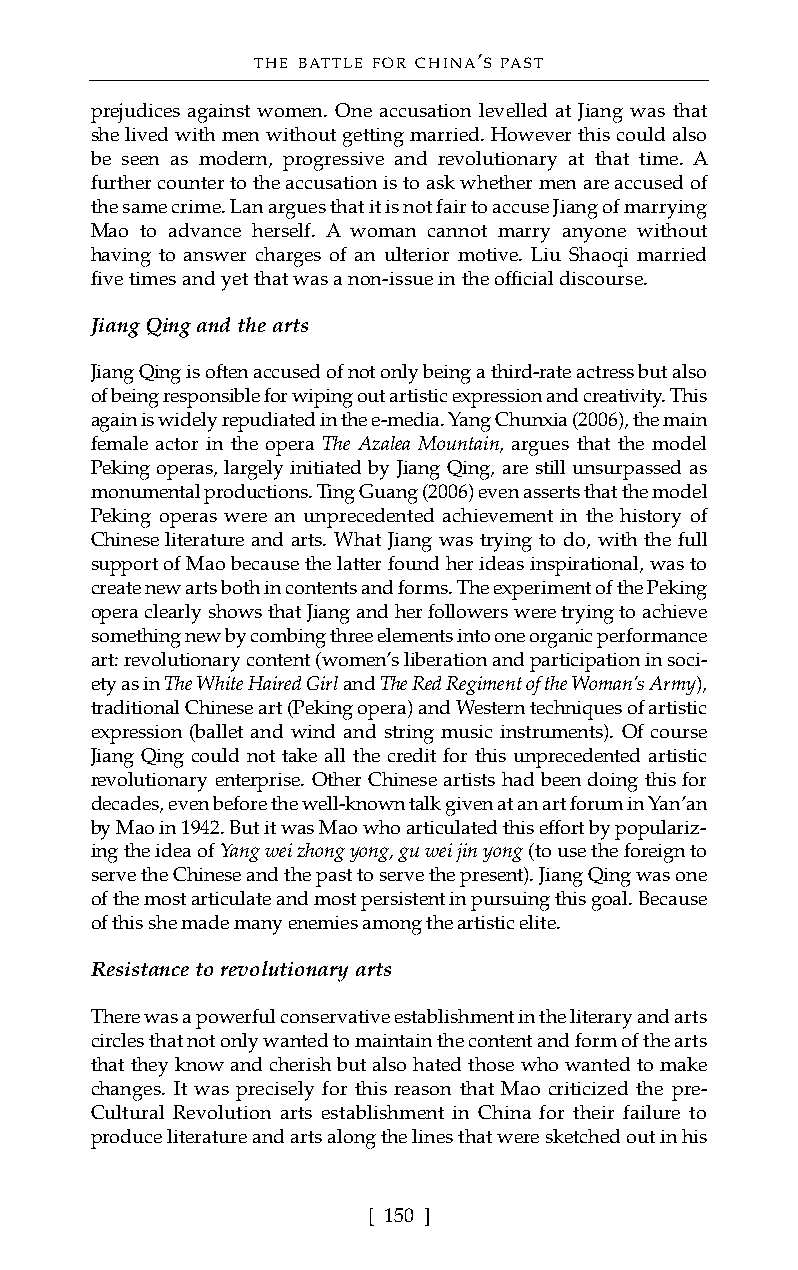
THE BATTLE FOR CHINA’S PAST
 prejudices against women. One accusation levelled at Jiang was that
 she lived with men without getting married. However this could also
 be seen as modern, progressive and revolutionary at that time. A
 further counter to the accusation is to ask whether men are accused of
 the same crime. Lan argues that it is not fair to accuse Jiang of marrying
 Mao to advance herself. A woman cannot marry anyone without
 having to answer charges of an ulterior motive. Liu Shaoqi married
 five times and yet that was a non-issue in the official discourse.
 Jiang Qing and the arts
 Jiang Qing is often accused of not only being a third-rate actress but also
 of being responsible for wiping out artistic expression and creativity. This
 again is widely repudiated in the e-media. Yang Chunxia (2006), the main
 female actor in the opera The Azalea Mountain, argues that the model
 Peking operas, largely initiated by Jiang Qing, are still unsurpassed as
 monumental productions. Ting Guang (2006) even asserts that the model
 Peking operas were an unprecedented achievement in the history of
 Chinese literature and arts. What Jiang was trying to do, with the full
 support of Mao because the latter found her ideas inspirational, was to
 create new arts both in contents and forms. The experiment of the Peking
 opera clearly shows that Jiang and her followers were trying to achieve
 something new by combing three elements into one organic performance
 art: revolutionary content (women’s liberation and participation in soci-
 ety as in The White Haired Girl and The Red Regiment of the Woman’s Army),
 traditional Chinese art (Peking opera) and Western techniques of artistic
 expression (ballet and wind and string music instruments). Of course
 Jiang Qing could not take all the credit for this unprecedented artistic
 revolutionary enterprise. Other Chinese artists had been doing this for
 decades, even before the well-known talk given at an art forum in Yan’an
 by Mao in 1942. But it was Mao who articulated this effort by populariz-
 ing the idea of Yang wei zhong yong, gu wei jin yong (to use the foreign to
 serve the Chinese and the past to serve the present). Jiang Qing was one
 of the most articulate and most persistent in pursuing this goal. Because
 of this she made many enemies among the artistic elite.
 Resistance to revolutionary arts
 There was a powerful conservative establishment in the literary and arts
 circles that not only wanted to maintain the content and form of the arts
 that they know and cherish but also hated those who wanted to make
 changes. It was precisely for this reason that Mao criticized the pre-
 Cultural Revolution arts establishment in China for their failure to
 produce literature and arts along the lines that were sketched out in his
 [ 150 ]